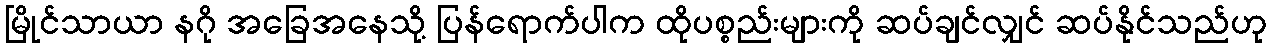
မြိုင်သာယာ နဂို အခြေအနေသို့ ပြန်ရောက်ပါက ထိုပစ္စည်းများကို ဆပ်ချင်လျှင် ဆပ်နိုင်သည်ဟု